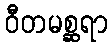
ဝီတမစ္ဆရာ